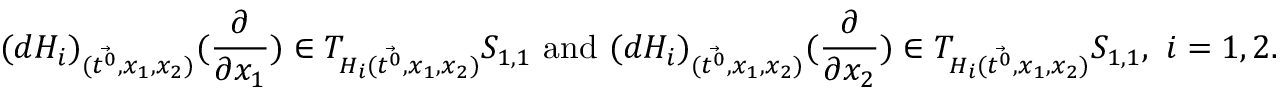
( d H _ { i } ) _ { ( \Vec { t ^ { 0 } } , x _ { 1 } , x _ { 2 } ) } ( \frac \partial { \partial x _ { 1 } } ) \in T _ { H _ { i } ( \Vec { t ^ { 0 } } , x _ { 1 } , x _ { 2 } ) } S _ { 1 , 1 } \ \mathrm { a n d } \ ( d H _ { i } ) _ { ( \Vec { t ^ { 0 } } , x _ { 1 } , x _ { 2 } ) } ( \frac \partial { \partial x _ { 2 } } ) \in T _ { H _ { i } ( \Vec { t ^ { 0 } } , x _ { 1 } , x _ { 2 } ) } S _ { 1 , 1 } , \ i = 1 , 2 .